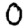
Digit: 0